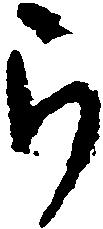
ら